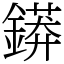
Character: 䥈